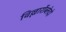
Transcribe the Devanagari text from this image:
विल्लार्रोब्लेदो